Physiological action of certain drugs in tablet form - Number 52A
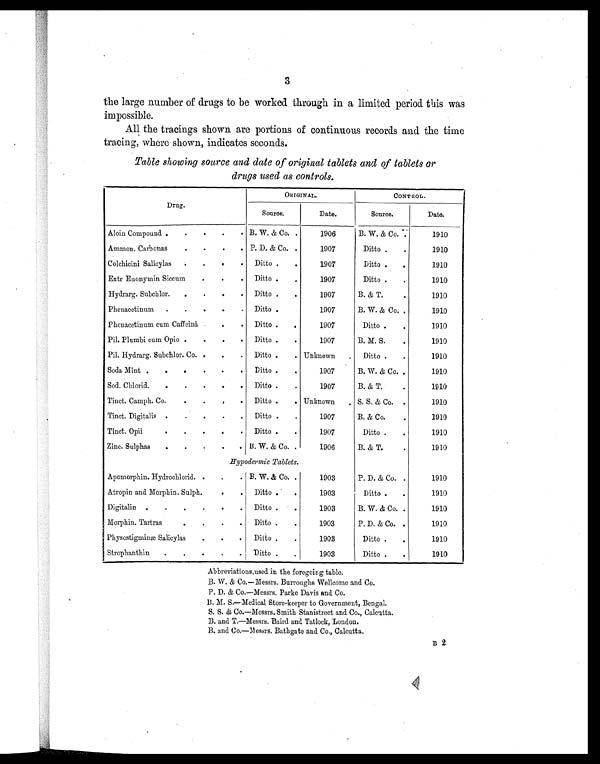
3
the large number of drugs to be worked through in a limited period this was
impossible.
All the tracings shown are portions of continuous records and the time
tracing, where shown, indicates seconds.
Table showing source and date of original tablets and of tablets or
drugs used as controls.
Drug.
ORIGINAL.
CONTROL.
Source.
Date.
Source.
Date.
Aloin Compound .
. . .
. B. W. & Co. .
1906
B. W. & Co. .
1910
Ammon. Carbonas
.
. .
. P. D. & Co. .
1907
Ditto .
.
1910
Colchicini Salicylas
. .
.
. Ditto .
.
1907
Ditto .
.
1910
Extr Euonymin Siccum
.
.
. Ditto .
.
1907
Ditto .
.
1910
Hydrarg. Subchlor. .
.
.
. Ditto .
.
1907
B. & T.
.
1910
Phenacetinum .
.
.
. . Ditto .
.
1907
B. W. & Co. .
1910
Phenacetinum cum Caffeinâ . .
. Ditto .
.
1907
Ditto .
.
1910
Pil. Plumbi cum Opio . .
.
. Ditto .
.
1907
B. M. S.
.
1910
Pil. Hydrarg. Subchlor. Co. .
.
. Ditto .
. Unknown
. Ditto .
.
1910
Soda Mint .
.
. .
.
. Ditto .
.
1907
B. W. & Co. .
1910
Sod. Chlorid.
.
.
.
.
. Ditto .
.
1907
B. & T.
.
1910
Tinct. Camph. Co.
.
.
. . Ditto .
. Unknown . S. S. & Co. .
1910
Tinct. Digitalis .
.
. .
. Ditto .
.
1907
B. & Co.
.
1910
Tinct. Opii
.
.
.
.
. Ditto .
.
1907
Ditto .
.
1910
Zinc. Sulphas
. .
. .
. B. W. & Co. .
1906
B. & T.
.
1910
Hypodermic Tablets.
Apomorphin. Hydrochlorid. .
.
. B. W. & Co. .
1903
P. D. & Co. .
1910
Atropin and Morphin. Sulph.
.
. Ditto .
.
1903
Ditto .
.
1910
Digitalin .
.
.
.
.
. Ditto .
.
1903
B. W. & Co. .
1910
Morphin. Tartras
.
. .
. Ditto .
.
1903
P. D. & Co. .
1910
Physostigminæ Salicylas
. .
. Ditto .
.
1903
Ditto .
.
1910
Strophanthin .
.
.
.
. Ditto .
.
1903
Ditto .
.
1910
Abbreviations used in the foregoing table.
B. W. & Co.—Messrs. Burroughs Wellcome and Co.
P. D. & Co.—Messrs. Parke Davis and Co.
B . M . S . — M e d i c a l S t o r e - k e e p e r t o G o v e r n m e n t , B e n g a l .
S. S. & Co.—Messrs. Smith Stanistreet and Co., Calcutta.
B. and T.—Messrs. Baird and Tatlock, London.
B. and Co.—Messrs. Bathgate and Co., Calcutta.
B 2